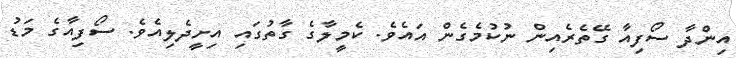
އިންދާ ސޯފިއާ ގޭތެރެއިން ނުކުމެގެން އައެވެ. ކެމީލާގެ ގާތުގައި އިށީދެލިއެވެ. ސޯފިއާގެ މަޑު